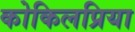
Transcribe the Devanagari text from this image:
कोकिलप्रिया